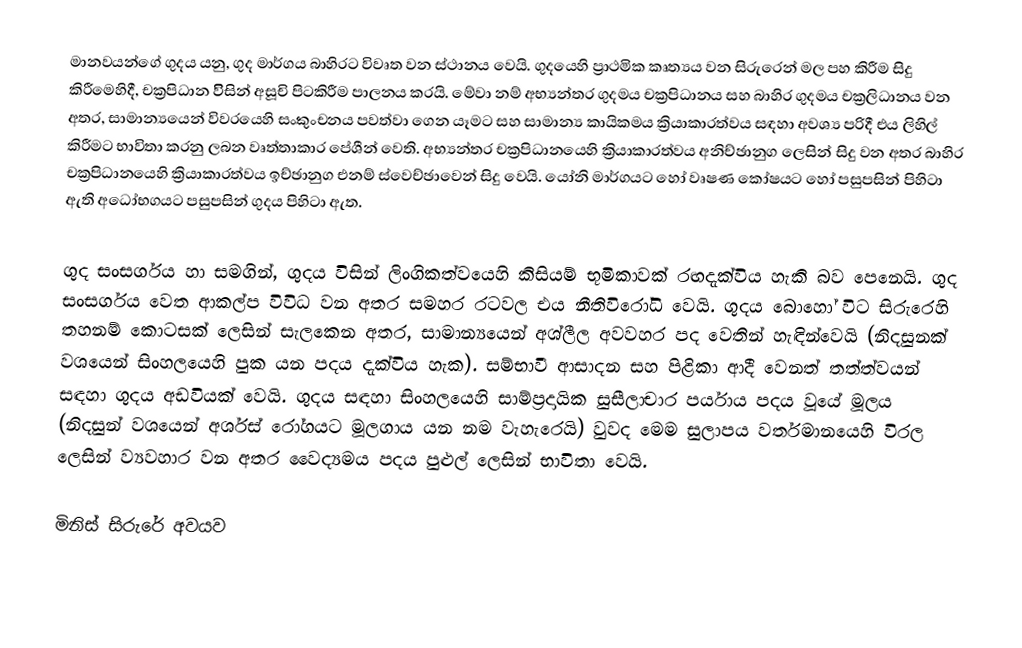
මානවයන්ගේ ගුදය යනු,  ගුද මාර්ගය බාහිරට විවෘත වන ස්ථානය වෙයි. ගුදයෙහි ප්‍රාථමික කෘත්‍යය වන සිරුරෙන් මල පහ කිරීම සිදු කිරීමෙහිදී, චක්‍රපිධාන විිසින් අසූචි  පිටකිරීම පාලනය කරයි. මේවා නම්  අභ්‍යන්තර ගුදමය චක්‍රපිධානය සහ බාහිර ගුදමය චක්‍රලිධානය වන අතර, සාමාන්‍යයෙන් විවරයෙහි  සංකුංචනය පවත්වා ගෙන යෑමට සහ සාමාන්‍ය කායිකමය ක්‍රියාකාරත්වය සඳහා අවශ්‍ය පරිදී එය ලිහිල් කිරීමට භාවිතා කරනු ලබන වෘත්තාකාර පේශීන් වෙති. අභ්‍යන්තර චක්‍රපිධානයෙහි ක්‍රියාකාරත්වය අනිච්ඡානුග ලෙසින් සිදු වන අතර බාහිර චක්‍රපිධානයෙහි ක්‍රියාකාරත්වය ඉච්ඡානුග එනම් ස්වෙච්ඡාවෙන් සිදු වෙයි. යෝනි මාර්ගයට හෝ වෘෂණ කෝෂයට හෝ පසුපසින් පිහිටා ඇති අධෝභගයට පසුපසින් ගුදය පිහිටා ඇත.

ගුද සංසර්ගය හා සමගින්, ගුදය විසින්  ලිංගිකත්වයෙහි කිසියම් භූමිකාවක් රඟදැක්විය හැකි බව පෙනෙයි. ගුද සංසර්ගය වෙත ආකල්ප විවිධ වන අතර සමහර රටවල එය නීතිවිරෝධි වෙයි.  ගුදය බොහෝ විට සිරුරෙහි  තහනම් කොටසක් ලෙසින් සැලකෙන අතර, සාමාන්‍යයෙන්   අශ්ලීල අවවහර පද වෙතින් හැඳින්වෙයි (නිදසුනක් වශයෙන් සිංහලයෙහි පුක යන පදය දැක්විය හැක). සම්භාවී ආසාදන සහ පිළිකා ආදී වෙනත් තත්ත්වයන් සඳහා ගුදය අඩවියක් වෙයි. ගුදය සඳහා සිංහලයෙහි සාම්ප්‍රදායික සුසීලාචාර පර්යාය පදය වූයේ මූලය (නිදසුන් වශයෙන් අර්ශස් රෝගයට මූලගාය යන නම වැහැරෙයි) වුවද මෙම සුලාපය වර්තමානයෙහි විරල ලෙසින් ව්‍යවහාර වන අතර වෛද්‍යමය පදය පුළුල් ලෙසින් භාවිතා වෙයි.

මිනිස් සිරුරේ අවයව